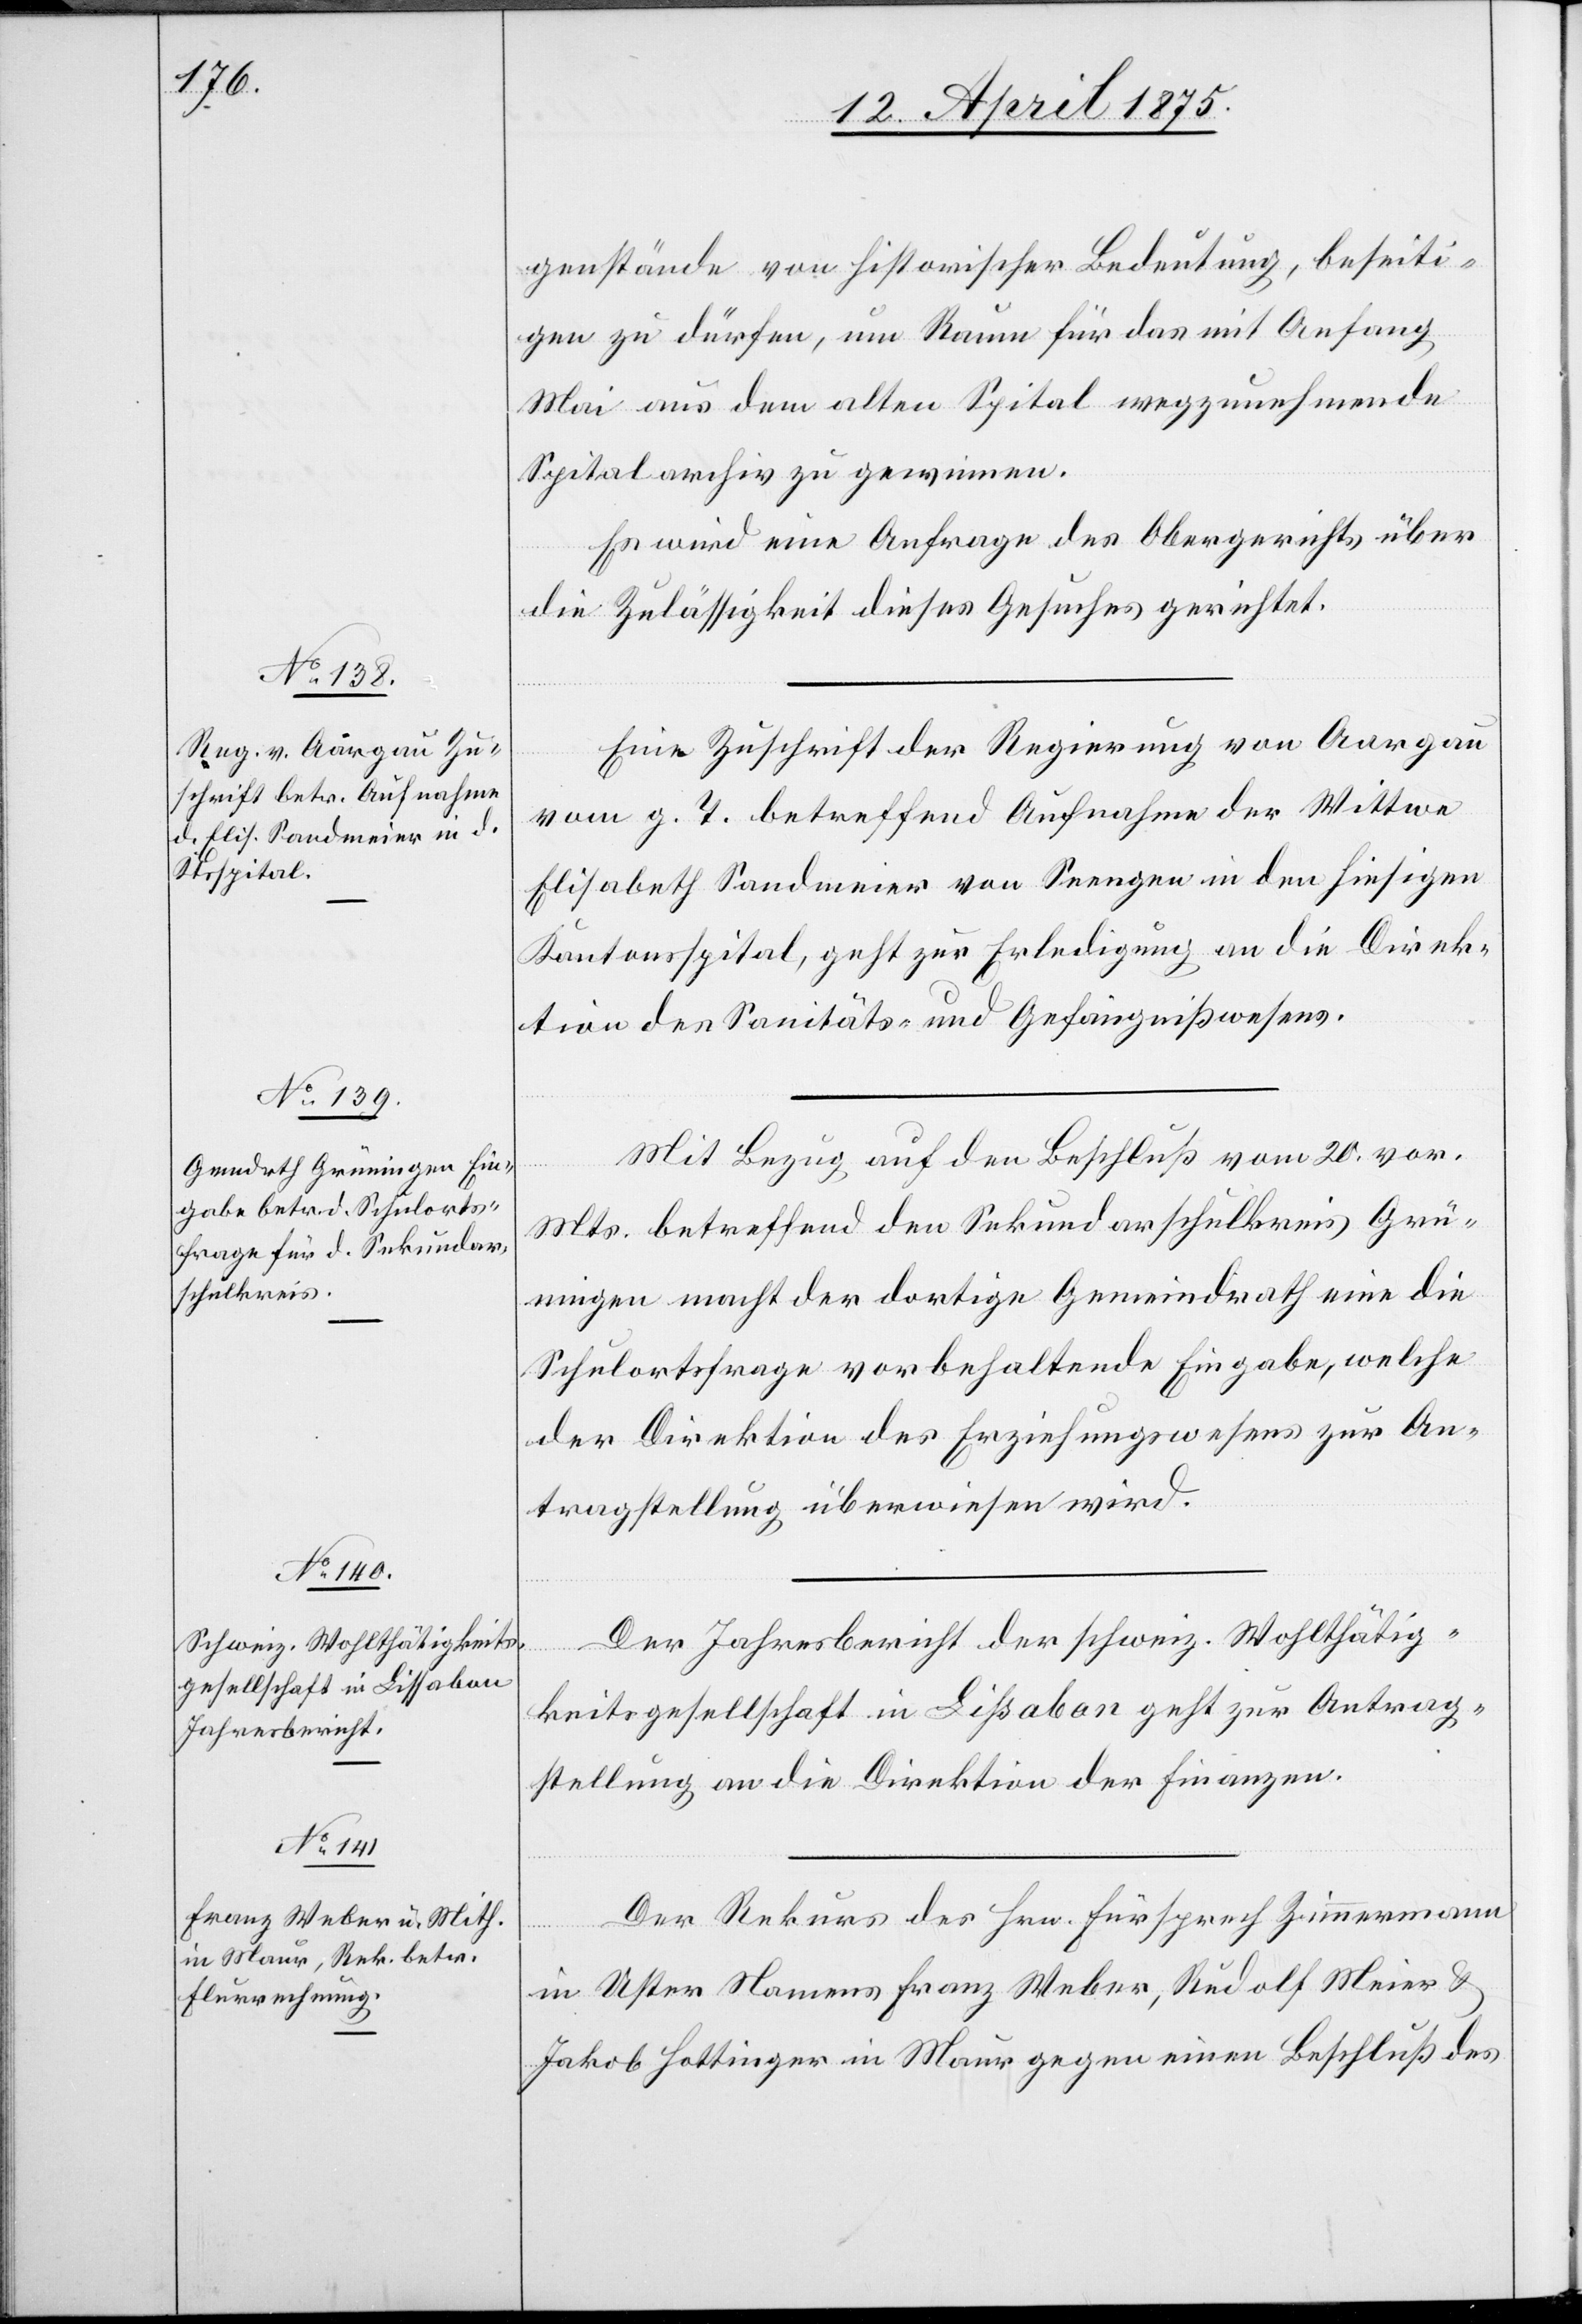
13. April 1875.]
genstände von historischer Bedeutung, beseiti¬
gen zu dürfen, um Raum für das mit Anfang
Mai aus dem alten Spital wegzunehmende
Spitalarchiv zu gewinnen.
Es wird eine Anfrage des Obergerichts über
die Zulässigkeit dieses Gesuches gerichtet.
Eine Zuschrift der Regierung von Aargau
vom g. T. betreffend Aufnahme der Wittwe
Elisabeth Sandmeier von Seengen in den hiesigen
Kantonsspital, geht zur Erledigung an die Direk¬
tion des Sanitäts- und Gefängnißwesen.
Mit Bezug auf den Beschluß vom 20. vor.
Mts. betreffend den Sekundarschulkreis Grü¬
ningen macht der dortige Gemeindrath eine die
Schulortsfrage vorbehaltende Eingabe, welche
der Direktion des Erziehungswesens zur An¬
tragstellung überwiesen wird.
Der Jahresbericht der schweiz. Wohltätig¬
keitsgesellschaft in Lißabon [sic!] geht zur Antrag¬
stellung an die Direktion der Finanzen.
Der Rekurs des Hrn. Fürsprech Zimmermann
in Uster Namens Franz Weber, Rudolf Meier &
Jakob Hottinger in Maur gegen einen Beschluß des